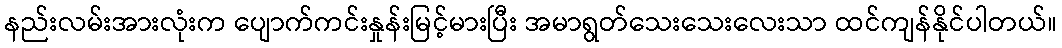
နည်းလမ်းအားလုံးက ပျောက်ကင်းနှုန်းမြင့်မားပြီး အမာရွတ်သေးသေးလေးသာ ထင်ကျန်နိုင်ပါတယ်။